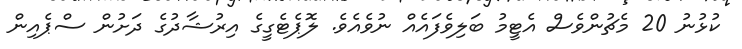
ކުޅުނު 20 މެޗުންވެސް އެޓީމު ބަލިވެފައެއް ނުވެއެވެ. ލޮޕެޓެގީގެ އިރުޝާދުގެ ދަށުން ސްޕެއިން